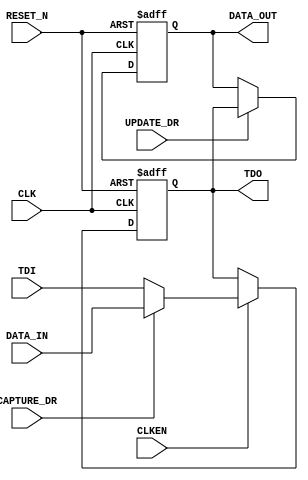
module TYPEA(
      input CLK,
      input RESET_N,
      input CLKEN,
      input TDI,
      output TDO,
      output reg DATA_OUT,
      input DATA_IN,
      input CAPTURE_DR,
      input UPDATE_DR
   );
  
  reg tdoInt;


  always @ (negedge CLK or negedge RESET_N)
  begin
      if (RESET_N == 1'b0)
         tdoInt <= 1'b0;
      else if (CLK == 1'b0)
         if (CLKEN == 1'b1)
            if (CAPTURE_DR == 1'b0)
               tdoInt <= TDI;
            else
               tdoInt <= DATA_IN;
  end

   assign TDO = tdoInt;

  always @ (negedge CLK or negedge RESET_N)
   begin
      if (RESET_N == 1'b0)
         DATA_OUT <= 1'b0;
      else if (CLK == 1'b0)
         if (UPDATE_DR == 1'b1)
            DATA_OUT <= tdoInt;
   end
endmodule